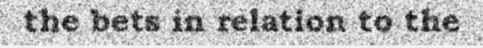
the bets in relation to the